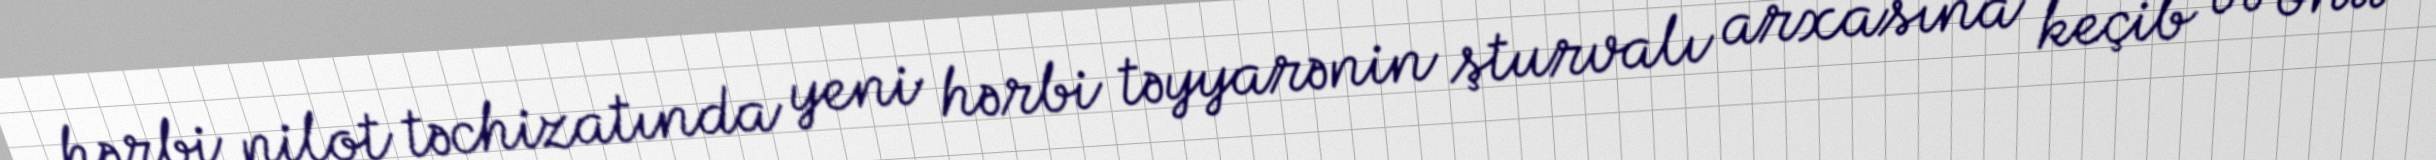
hərbi pilot təchizatında yeni hərbi təyyarənin şturvalı arxasına keçib və onu